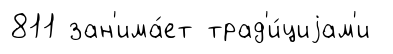
811 зан'има́ет трад'и́циjам'и